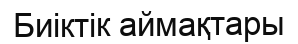
Биіктік аймақтары